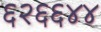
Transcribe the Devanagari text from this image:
६२६६४४